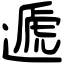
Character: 遞